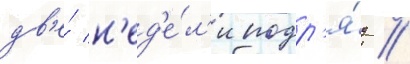
дв'е́ н'ед'е́л'и подр'я́д //